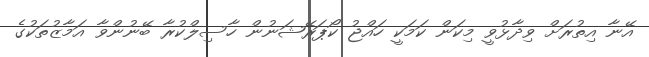
އޭނާ އިތުރަށް ވިދާޅުވީ މިކަން ކަމަކީ ހައްޖު ކޯޕަރޭޝަނުން ހާސިލްކުރާ ބޭނުންވާ އަމާޒުތަކުގެ